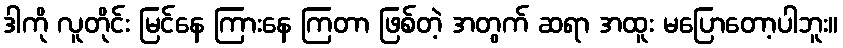
ဒါကို လူတိုင်း မြင်နေ ကြားနေ ကြတာ ဖြစ်တဲ့ အတွက် ဆရာ အထူး မပြောတော့ပါဘူး။